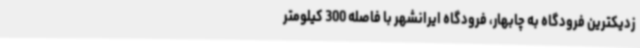
زدیکترین فرودگاه به چابهار، فرودگاه ایرانشهر با فاصله 300 کیلومتر